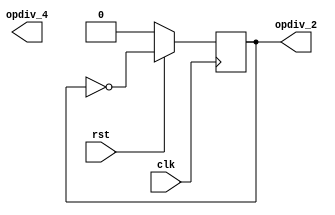
`timescale 1ns/1ps

module clk_Div(
  input clk,rst,
  output reg opdiv_2,opdiv_4);

  always @(posedge clk)
    begin
      if(!rst)
        begin
          opdiv_2 = 1'b0;
    
        end
      else
        opdiv_2 = ~opdiv_2;
    
    end
endmodule